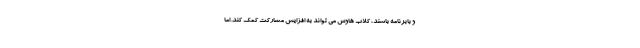
و بابرنامه باشند، کلاب هاوس می تواند به افزایش مشارکت کمک کند. اما